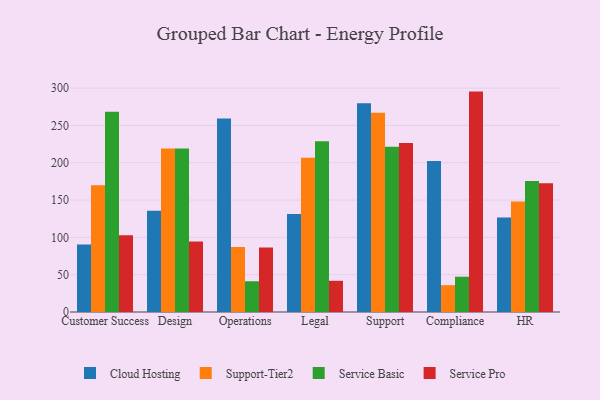
{"axis": {"x": "Department", "y": "Churn Rate (%)"}, "legend": ["Cloud Hosting", "Service Basic", "Service Pro", "Support-Tier2"], "data": [{"x": "Customer Success", "y": 90.4, "type": "Cloud Hosting"}, {"x": "Customer Success", "y": 169.9, "type": "Support-Tier2"}, {"x": "Customer Success", "y": 268.4, "type": "Service Basic"}, {"x": "Customer Success", "y": 102.8, "type": "Service Pro"}, {"x": "Design", "y": 135.7, "type": "Cloud Hosting"}, {"x": "Design", "y": 219.0, "type": "Support-Tier2"}, {"x": "Design", "y": 218.9, "type": "Service Basic"}, {"x": "Design", "y": 94.6, "type": "Service Pro"}, {"x": "Operations", "y": 259.2, "type": "Cloud Hosting"}, {"x": "Operations", "y": 87.0, "type": "Support-Tier2"}, {"x": "Operations", "y": 41.2, "type": "Service Basic"}, {"x": "Operations", "y": 86.4, "type": "Service Pro"}, {"x": "Legal", "y": 131.4, "type": "Cloud Hosting"}, {"x": "Legal", "y": 206.7, "type": "Support-Tier2"}, {"x": "Legal", "y": 228.8, "type": "Service Basic"}, {"x": "Legal", "y": 41.8, "type": "Service Pro"}, {"x": "Support", "y": 279.8, "type": "Cloud Hosting"}, {"x": "Support", "y": 266.8, "type": "Support-Tier2"}, {"x": "Support", "y": 221.3, "type": "Service Basic"}, {"x": "Support", "y": 226.4, "type": "Service Pro"}, {"x": "Compliance", "y": 202.2, "type": "Cloud Hosting"}, {"x": "Compliance", "y": 35.9, "type": "Support-Tier2"}, {"x": "Compliance", "y": 47.3, "type": "Service Basic"}, {"x": "Compliance", "y": 295.3, "type": "Service Pro"}, {"x": "HR", "y": 126.5, "type": "Cloud Hosting"}, {"x": "HR", "y": 147.9, "type": "Support-Tier2"}, {"x": "HR", "y": 175.5, "type": "Service Basic"}, {"x": "HR", "y": 172.4, "type": "Service Pro"}]}